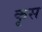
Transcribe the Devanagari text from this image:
कृस